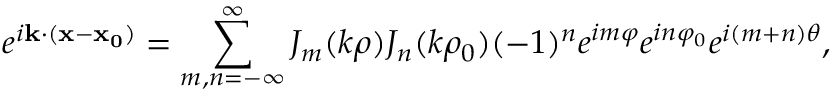
e ^ { i { \bf k } \cdot ( { \bf x } - { \bf x _ { 0 } } ) } = \sum _ { m , n = - \infty } ^ { \infty } J _ { m } ( k \rho ) J _ { n } ( k \rho _ { 0 } ) ( - 1 ) ^ { n } e ^ { i m \varphi } e ^ { i n \varphi _ { 0 } } e ^ { i ( m + n ) \theta } ,